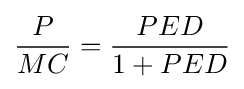
{\frac {P}{MC}}={\frac {PED}{1+PED}}